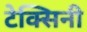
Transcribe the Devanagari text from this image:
टेक्सिनी